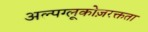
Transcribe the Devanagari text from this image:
अल्पग्लूकोज़रक्तता